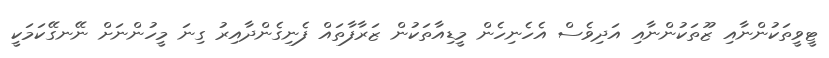
ޓީވީތަކުންނާއި ޒޫތަކުންނާއި އަދިވެސް އެހެނިހެން މީޑިއާތަކުން ޒަރާފާތައް ފެނިގެންދާއިރު ގިނަ މީހުންނަށް ނޭނގޭކަމަކީ